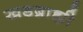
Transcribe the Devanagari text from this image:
खडब्राह्मी